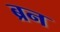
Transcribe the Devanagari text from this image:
ब्रन